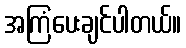
အကြံပေးချင်ပါတယ်။